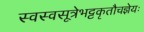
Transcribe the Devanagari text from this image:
स्वस्वसूत्रेभट्टकृतौचज्ञेयः